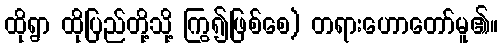
ထိုရွာ ထိုပြည်တို့သို့ ကြွ၍ဖြစ်စေ) တရားဟောတော်မူ၏။